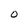
Character: O